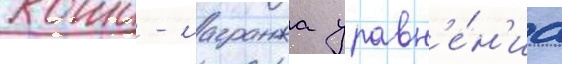
коши - лагранжа уравн'е́н'иа